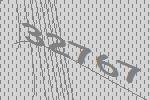
32767